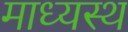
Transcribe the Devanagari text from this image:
माध्यस्थ